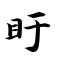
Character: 盱